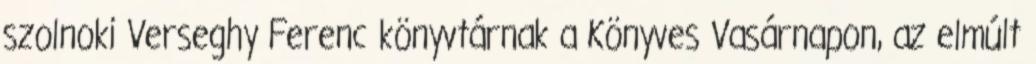
szolnoki Verseghy Ferenc könyvtárnak a Könyves Vasárnapon, az elmúlt